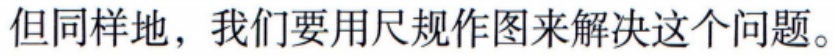
但同样地，我们要用尺规作图来解决这个问题。